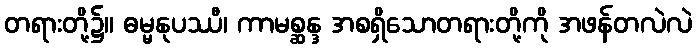
တရားတို့၌။ ဓမ္မနုပဿီ၊ ကာမစ္ဆန္ဒ အစရှိသောတရားတို့ကို အဖန်တလဲလဲ